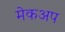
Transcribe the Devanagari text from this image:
मेकअप